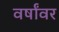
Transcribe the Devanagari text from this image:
वर्षांवर